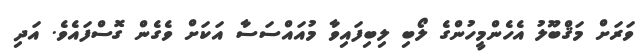
ވަރަށް މަޤްބޫލު އެހެންމީހުންގެ ލޯބި ލިބިފައިވާ މުއައްސަސާ އަކަށް ވެގެން ގޮސްފައެވެ. އަދި